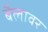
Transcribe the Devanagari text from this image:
बैलावर